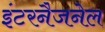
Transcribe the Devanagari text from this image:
इंटरनैजनेल